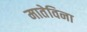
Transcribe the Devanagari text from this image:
मातेविना